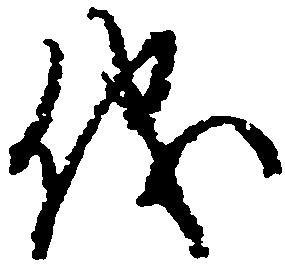
儀